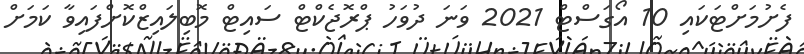
ފެށުމަށްޓަކައި 10 އޯގަސްޓް 2021 ވަނަ ދުވަހު ޕްރޮޖެކްޓް ސައިޓް މޮބިލައިޒްކޮށްފައިވާ ކަމަށް